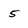
Character: 5